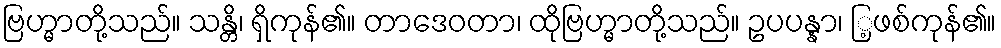
ဗြဟ္မာတို့သည်။ သန္တိ၊ ရှိကုန်၏။ တာဒေဝတာ၊ ထိုဗြဟ္မာတို့သည်။ ဥပပန္နာ၊ ြ့ဖစ်ကုန်၏။